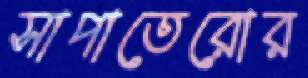
সাপাতেরোর